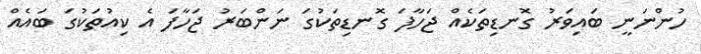
ހުންނަނީ ބައިވަރު ގޮނޑިތަކެއް ޖަހާފަ ގޮނޑިތަކުގަ ނަންބަރު ޖަހާފަ އެ ކިއުތަކުގަ ބައެއް